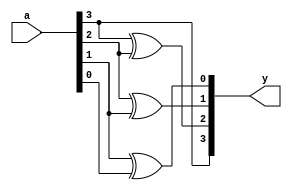
module gray(a,y);
  input [3:0] a;
  output [3:0] y;
  assign y[3]=a[3];
  xor g1 (y[2],a[3],a[2]);
  xor g2 (y[1],a[2],a[1]);
  xor g3 (y[0],a[1],a[0]);
endmodule